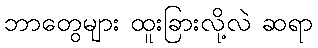
ဘာတွေများ ထူးခြားလို့လဲ ဆရာ